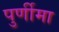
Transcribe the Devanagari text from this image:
पुर्णीमा